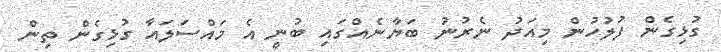
ގުޅިގެން ފުލުހުން މިއަދު ނެރުނު ބަޔާނެއްގައި ބުނީ އެ މައްސަލައާ ގުޅިގެން ތިން